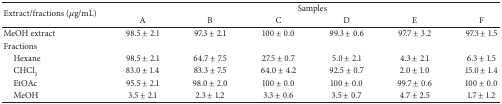
<table><thead><tr><td rowspan="2"><b>Extract/fractions (<i>μ</i>g/mL)</b></td><td><b> </b></td><td><b> </b></td><td colspan="2"><b>Samples</b></td><td><b> </b></td><td><b> </b></td></tr><tr><td><b>A</b></td><td><b>B</b></td><td><b>C</b></td><td><b>D</b></td><td><b>E</b></td><td><b>F</b></td></tr></thead><tbody><tr><td>MeOH extract</td><td>98.5 ± 2.1</td><td>97.3 ± 2.1</td><td>100 ± 0.0</td><td>99.3 ± 0.6</td><td>97.7 ± 3.2</td><td>97.3 ± 1.5</td></tr><tr><td>Fractions</td><td> </td><td> </td><td> </td><td> </td><td> </td><td> </td></tr><tr><td> Hexane</td><td>98.5 ± 2.1</td><td>64.7 ± 7.5</td><td>27.5 ± 0.7</td><td>5.0 ± 2.1</td><td>4.3 ± 2.1</td><td>6.3 ± 1.5</td></tr><tr><td> CHCl<sub>3</sub></td><td>83.0 ± 1.4</td><td>83.3 ± 7.5</td><td>64.0 ± 4.2</td><td>92.5 ± 0.7</td><td>2.0 ± 1.0</td><td>15.0 ± 1.4</td></tr><tr><td> EtOAc</td><td>95.5 ± 2.1</td><td>98.0 ± 2.0</td><td>100 ± 0.0</td><td>100 ± 0.0</td><td>99.7 ± 0.6</td><td>100 ± 0.0</td></tr><tr><td> MeOH</td><td>3.5 ± 2.1</td><td>2.3 ± 1.2</td><td>3.3 ± 0.6</td><td>3.5 ± 0.7</td><td>4.7 ± 2.5</td><td>1.7 ± 1.2</td></tr></tbody></table>